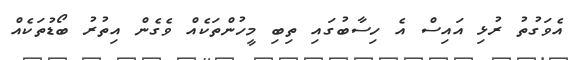
އެވަގުތު ރުޅި އައިސް އެ ހިސާބުގައި ތިބި މީހުންތަކެއް ވެގެން އިތުރު ބޯޑުތަކެއް